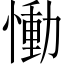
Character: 慟